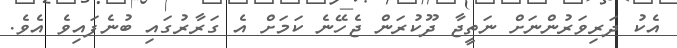
އެކު ދަރިވަރުންނަށް ނަތީޖާ ދޫކުރަން ޖެހޭނެ ކަމަށް އެ ގަރާރުގައި ބުނެފައިވެ އެވެ.